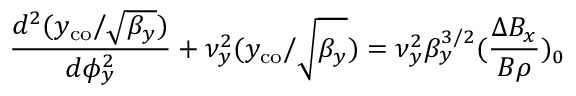
\frac { d ^ { 2 } ( y _ { \mathrm { c o } } / \sqrt { \beta _ { y } } ) } { d \phi _ { y } ^ { 2 } } + \nu _ { y } ^ { 2 } ( y _ { \mathrm { c o } } / \sqrt { \beta _ { y } } ) = \nu _ { y } ^ { 2 } \beta _ { y } ^ { 3 / 2 } ( \frac { \Delta B _ { x } } { B \rho } ) _ { 0 }